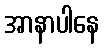
အာနာပါနေ